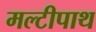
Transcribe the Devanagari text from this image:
मल्टीपाथ